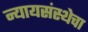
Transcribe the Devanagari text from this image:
न्यायसंस्थेचा